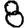
Digit: 8